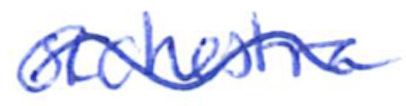
Text: orchestra
Cross-out: mix
Writing tool: ballpoint